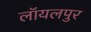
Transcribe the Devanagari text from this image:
लॉयलपुर